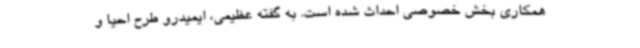
همکاری بخش خصوصی احداث شده است. به گفته عظیمی، ایمیدرو طرح احیا و